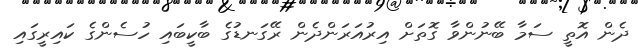
ދެން އޮތީ ސަމާ ބޭނުންވާ ގޮތަށް އިރުއަރަންދެން ރޭގަނޑުގެ ބާކީބައި ހުސެންގެ ކައިރީގައި